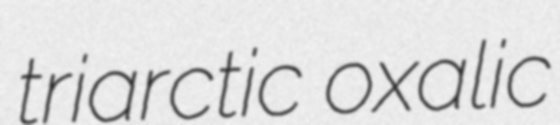
triarctic oxalic